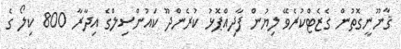
ޤާނޫނީގޮތުން ގެޒެޓްކުރެވޭ ލިޔުން ފާދިއްޕޮޅު ކުރެންދޫ ކައުންސިލްގެ އިދާރާ 800 ކިލޯ ގެ